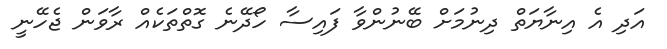
އަދި އެ އިނާޔަތް ދިނުމަށް ބޭނުންވާ ފައިސާ ހޯދޭނެ ގޮތްތަކެއް ރާވަން ޖެހޭނީ